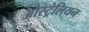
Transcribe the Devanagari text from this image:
औस्ट्रेलियन